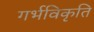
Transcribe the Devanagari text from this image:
गर्भविकृति